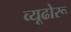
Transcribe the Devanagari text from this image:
व्यूढोरू